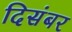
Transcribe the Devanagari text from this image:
दिसंबर